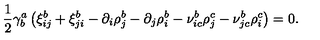
{ \frac { 1 } { 2 } } \gamma _ { b } ^ { a } \left( \xi _ { i j } ^ { b } + \xi _ { j i } ^ { b } - \partial _ { i } \rho _ { j } ^ { b } - \partial _ { j } \rho _ { i } ^ { b } - \nu _ { i c } ^ { b } \rho _ { j } ^ { c } - \nu _ { j c } ^ { b } \rho _ { i } ^ { c } \right) = 0 .